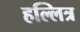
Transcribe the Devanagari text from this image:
हल्लित्र